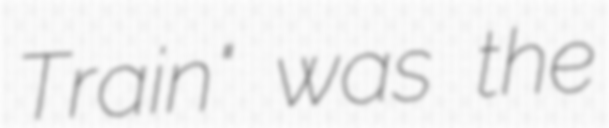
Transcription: Train" was the